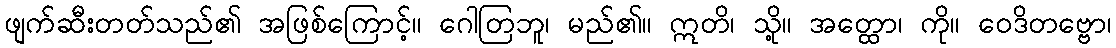
ဖျက်ဆီးတတ်သည်၏ အဖြစ်ကြောင့်။ ဂေါတြဘူ၊ မည်၏။ ဣတိ၊ သို့။ အတ္ထော၊ ကို။ ဝေဒိတဗ္ဗော၊